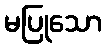
မပြုသော